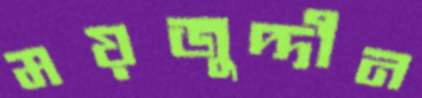
ময়জুদ্দীন